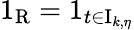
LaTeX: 1_{\mathrm{R}}=1_{t\in\mathrm{I}_{k,\eta}}